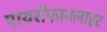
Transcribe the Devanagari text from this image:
पायरोंफायलाइट